Mental hospitals Bombay report 1929-33 - 1929-1933
Year: 1929
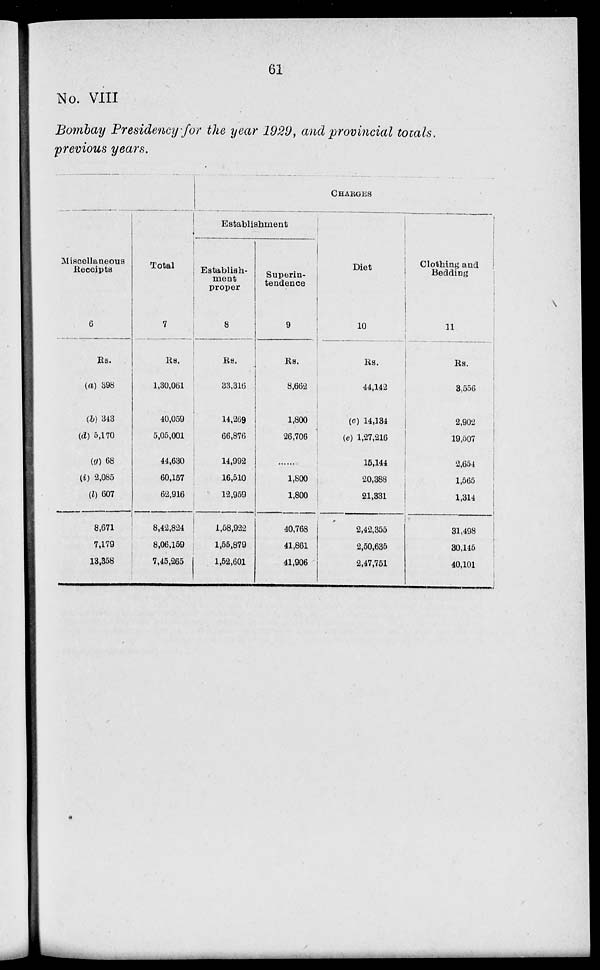
61
No. VIII
Bombay Presidency for the year 1929, and provincial totals,
previous years.
Miscellaneous
Receipts
6
Rs.
(a) 398
(b) 343
(d) 5,170
(g) 68
(i) 2,085
(l) 607
8,671
7,179
13,358
Total
7
Rs.
1,30,061
40,059
5,05,001
44,630
60,157
62,916
8,42,824
8,06,159
7,45,265
CHARGES
Establishment
Establish-
ment
proper
8
Rs.
33,316
14,269
66,876
14,992
16,510
12,959
1,58,922
1,55,879
1,52,601
Superin¬
tendence
9
Rs.
8,662
1,800
26,706
......
1,800
1,800
40,768
41,861
41,906
Diet
10
Rs.
44,142
(c) 14,134
(e) 1,27,216
15,144
20,388
21,331
2,42,355
2,50,635
2,47,751
Clothing and
Bedding
11
Rs.
3,556
2,902
19,507
2,654
1,565
1,314
31,498
30,145
40,101